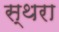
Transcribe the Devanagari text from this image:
स्थरा